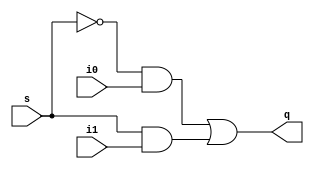
module mux_2(i0,i1,s,q);
    
input i1,i0,s;
output q;
										//s =1 then i1 is choosen
assign q= (!s & i0)|(s & i1);

endmodule